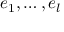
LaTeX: e _ { 1 } , \ldots , e _ { l }